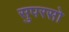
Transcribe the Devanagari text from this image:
सुपरसो